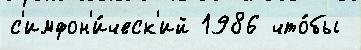
с'имфон'и́ческ'ий 1986 что́бы